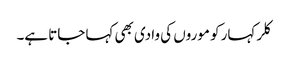
کلر کہار کو موروں کی وادی بھی کہا جاتا ہے۔